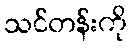
သင်တန်းကို